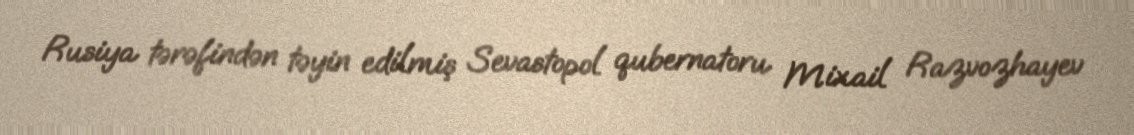
Rusiya tərəfindən təyin edilmiş Sevastopol qubernatoru Mixail Razvozhayev